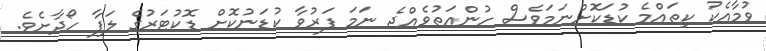
ވުމާއެކު ކިތައްމެ ކުޑަކޮށްނަމަވެސް ހުންއަތުވެއްޖެ ނަމަ ފަރުވާ ކުޑަނުކޮށް ޑޮކުޓަރުގެ ލަފާ ހޯދާށެވެ.